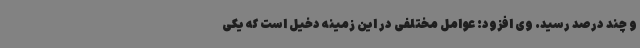
و چند درصد رسید. وی افزود: عوامل مختلفی در این زمینه دخیل است که یکی